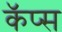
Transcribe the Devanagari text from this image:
कॅप्स